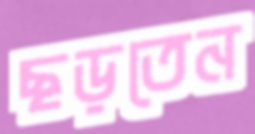
ছড়তেন